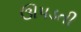
ઊપડતી